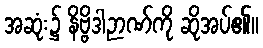
အဆုံး၌ နိဗ္ဗိဒါဉာဏ်ကို ဆိုအပ်၏။